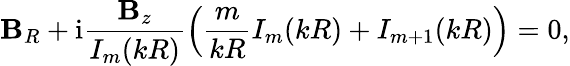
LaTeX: \mathbf{B}_{R}+\mathrm{{i}}\frac{{\mathbf{B}_{z}}}{{I_{m}(kR)}}\left(\frac{{m}}{{kR}}I_{m}(kR)+I_{m+1}(kR)\right)=0,